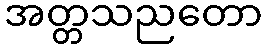
အတ္တသညတော